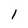
Character: l